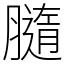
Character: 膸